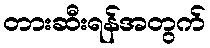
တားဆီးရန်အတွက်